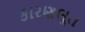
કારણભૂત